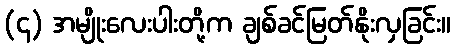
(၄) အမျိုးလေးပါးတို့က ချစ်ခင်မြတ်နိုးလှခြင်း။